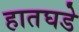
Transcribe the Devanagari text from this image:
हातघडे